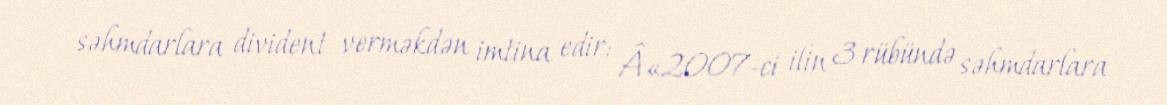
səhmdarlara divident verməkdən imtina edir: Â«2007-ci ilin 3 rübündə səhmdarlara